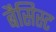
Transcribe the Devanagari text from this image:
बैसिस्ट